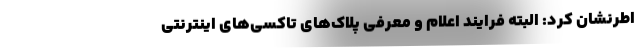
اطرنشان کرد: البته فرایند اعلام و معرفی پلاک‌های تاکسی‌های اینترنتی